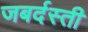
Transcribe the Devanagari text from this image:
जबर्दस्‍ती